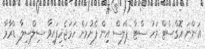
އަންނަ އޮގްސްޓް މަހު ސްޓާ ޕްލަސް އިން ފެށުމަށް ހަމަޖެހިފައިވާ ސިލްސިލާ ޑްރާމާ